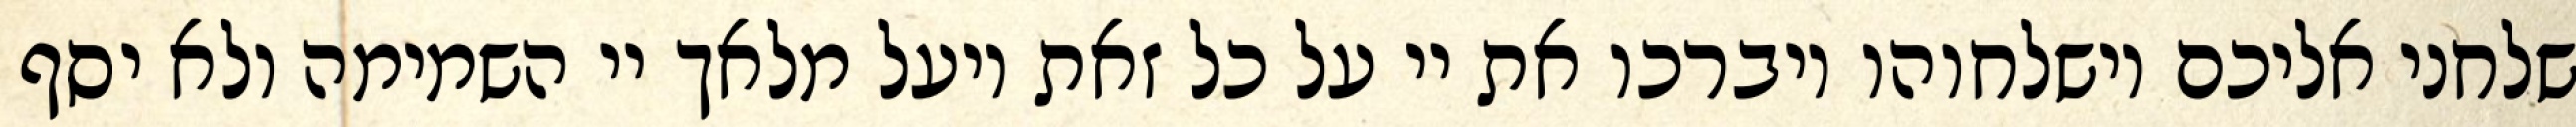
שלחני אליכם וישלחוהו ויברכו את יי על כל זאת ויעל מלאך יי השמימה ולא יסף